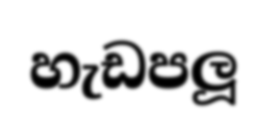
හැඩපලූ